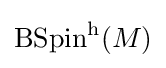
\operatorname {BSpin} ^{\mathrm {h} }(M)